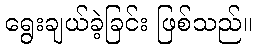
ရွေးချယ်ခဲ့ခြင်း ဖြစ်သည်။